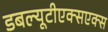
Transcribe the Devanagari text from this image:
डबल्यूटीएक्सएक्स